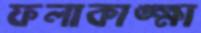
ফলাকাঙ্ক্ষা